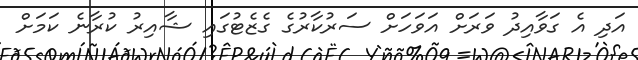
އަދި އެ ގަވާއިދު ވަރަށް އަވަހަށް ސަރުކާރުގެ ގެޒެޓުގައި ޝާއިރު ކުރާނެ ކަމަށް